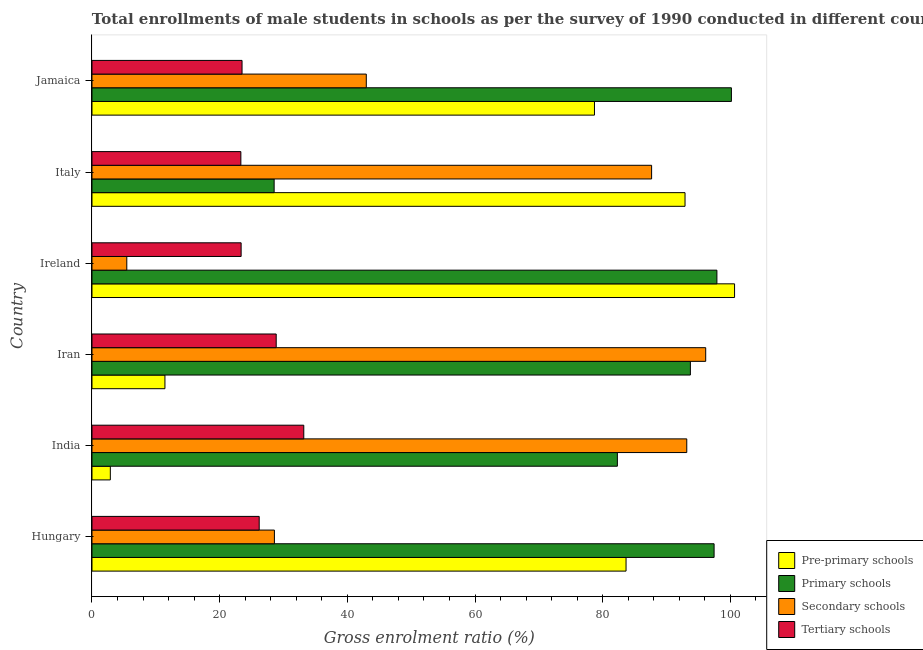
| Country | Pre-primary schools | Primary schools | Secondary schools | Tertiary schools |
 | --- | --- | --- | --- | --- |
 | Hungary | 83.7 | 97.4 | 28.6 | 26.2 |
 | India | 2.87 | 82.3 | 93.2 | 33.2 |
 | Iran | 11.4 | 93.7 | 96.1 | 28.9 |
 | Ireland | 101 | 97.9 | 5.45 | 23.4 |
 | Italy | 92.9 | 28.5 | 87.7 | 23.3 |
 | Jamaica | 78.7 | 100 | 43 | 23.5 |